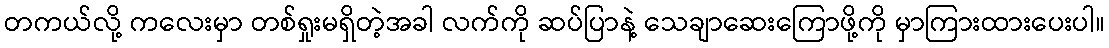
တကယ်လို့ ကလေးမှာ တစ်ရှုးမရှိတဲ့အခါ လက်ကို ဆပ်ပြာနဲ့ သေချာဆေးကြောဖို့ကို မှာကြားထားပေးပါ။